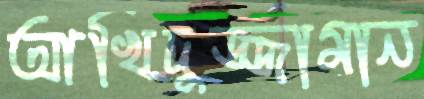
আখিদুজ্জামান